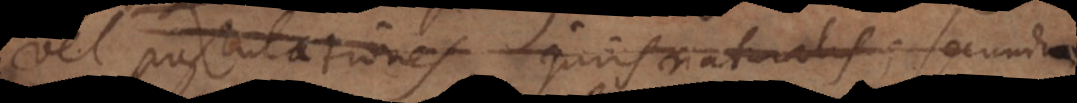
vel postulationes, juris naturalis; secundum